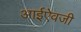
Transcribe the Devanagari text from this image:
आईऐवजी